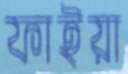
ফাইয়া